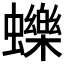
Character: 𧔉